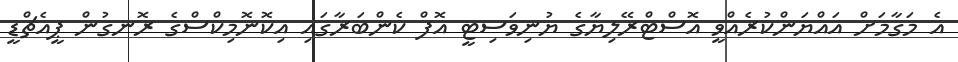
އެ މަގާމަށް އައްޔަންކުރެއްވީ އޮސްޓްރޭލިޔާގެ ޔުނިވަސިޓީ އޮފް ކެންބަރާގައި އިކޮނޮމިކްސްގެ ރޮނގުން ޕީއެޗްޑީ